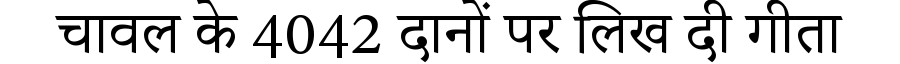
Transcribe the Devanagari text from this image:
चावल के 4042 दानों पर लिख दी गीता